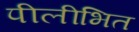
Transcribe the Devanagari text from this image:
पीलीभित